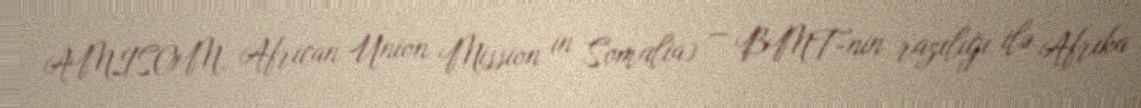
AMISOM, African Union Mission in Somalia) — BMT-nin razılığı ilə Afrika